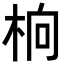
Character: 𬂭